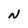
Character: N